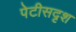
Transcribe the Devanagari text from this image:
पेटीसदृश